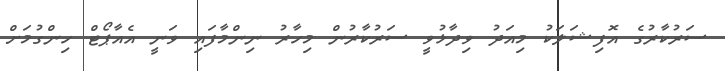
ސަރުކާރުގެ އޮފިޝަލަކު މިއަދު ވިދާޅުވީ ސަރުކާރުން މިހާރު ނިންމާފައި ވަނީ އެއާޕޯޓް ހިންގުމަށް